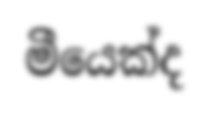
මීයෙක්ද